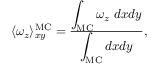
\begin{array} { r } { \langle \omega _ { z } \rangle _ { x y } ^ { \mathrm { M C } } = \frac { \displaystyle \int _ { \mathrm { M C } } \omega _ { z } \ d x d y } { \displaystyle \int _ { \mathrm { M C } } d x d y } , } \end{array}